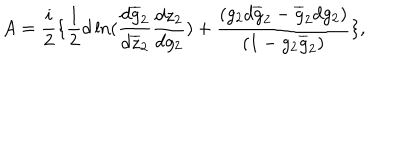
LaTeX: A = \frac { i } { 2 } \{ \frac { 1 } { 2 } d \ln ( \frac { d \overline { { { g } } } _ { 2 } } { d \overline { { { z } } } _ { 2 } } \frac { d z _ { 2 } } { d g _ { 2 } } ) + \frac { ( g _ { 2 } d \overline { { { g } } } _ { 2 } - \overline { { { g } } } _ { 2 } d g _ { 2 } ) } { ( 1 - g _ { 2 } \overline { { { g } } } _ { 2 } ) } \} ,